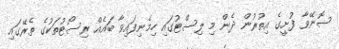
ސޮނޭވާ ފުށީގެ އިތުރުން ދެން މި ލިސްޓުގައި ހިމެނިފައިވާ ބައެއް ރިސޯޓުތަކުގެ ތެރޭގައި